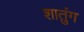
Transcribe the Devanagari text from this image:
शातुंग